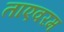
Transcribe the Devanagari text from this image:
ताएवरम